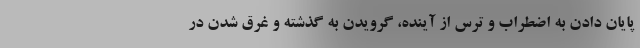
پایان دادن به اضطراب و ترس از آینده، گرویدن به گذشته و غرق شدن در